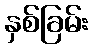
နှစ်ခြမ်း